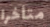
متأخرا